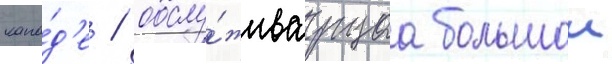
кана́д'е / обслу́живаущаа большои